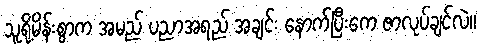
သူရို့မိန်းစွာက အမည် ပညာအရည် အချင်း နောက်ပြီးကေ ဇာလုပ်ချင်လဲ။